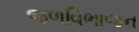
જળવિભાજન